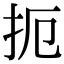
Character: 扼